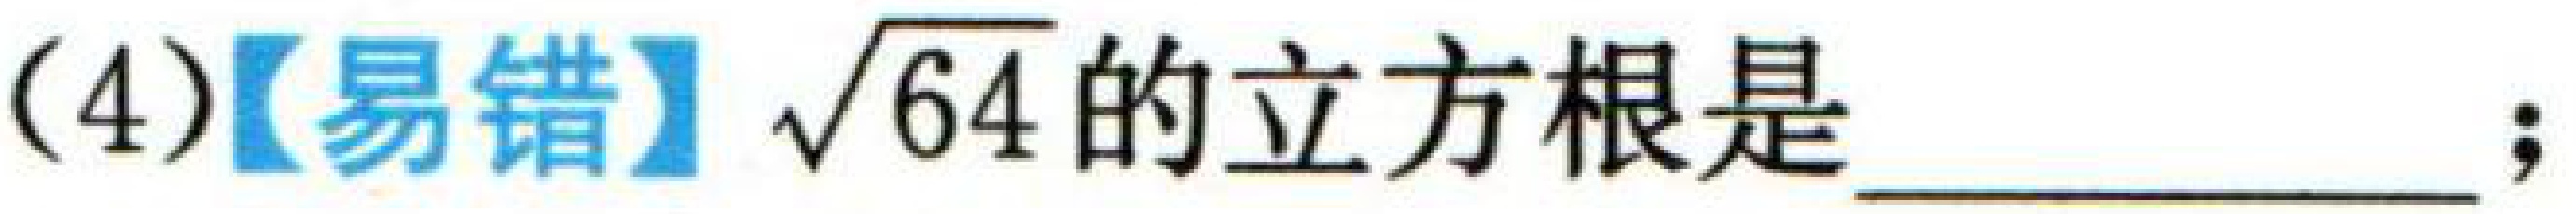
(4)【易错】$\sqrt{64}$的立方根是  ；